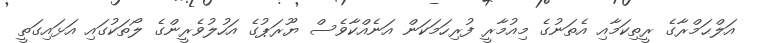
އަލްޙަމްރާގެ ރީތިކަމާއި އެތަނުގެ މިއުމާރީ ފުރިހަމަކަން އަނެއްކާވެސް ޔޫރަޕުގެ އަހުލުވެރީންގެ ލޯތަކުގައި އަޅައިގަތީ